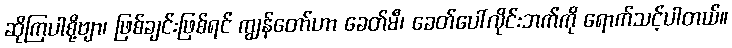
ဆိုကြပါစို့ဗျာ၊ ဖြစ်ချင်းဖြစ်ရင် ကျွန်တော်ဟာ ခေတ်မီ၊ ခေတ်ပေါ်လိုင်းဘက်ကို ရောက်သင့်ပါတယ်။